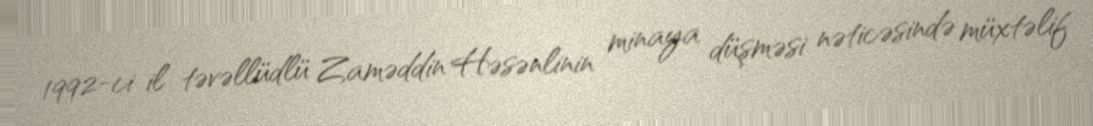
1992-ci il təvəllüdlü Zaməddin Həsənlinin minaya düşməsi nəticəsində müxtəlif